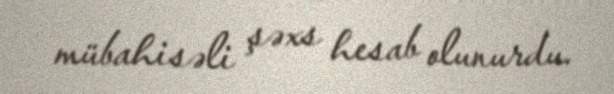
mübahisəli şəxs hesab olunurdu.